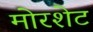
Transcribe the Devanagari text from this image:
मोरशेट